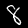
Digit: 8